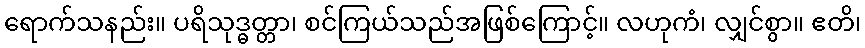
ရောက်သနည်း။ ပရိသုဒ္ဓတ္တာ၊ စင်ကြယ်သည်အဖြစ်ကြောင့်။ လဟုကံ၊ လျှင်စွာ။ ဧတိ၊